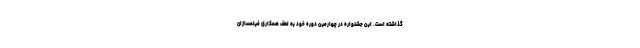
گذاشته است. این جشنواره در چهارمین دوره خود به لطف همکاری فیلمسازان